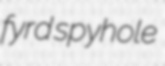
fyrd spyhole